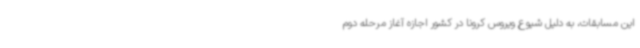
این مسابقات، به دلیل شیوع ویروس کرونا در کشور اجازه آغاز مرحله دوم